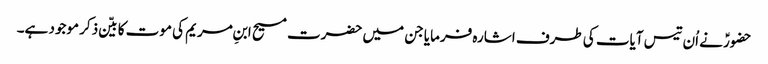
حضورؑ نے اُن تیس آیات کی طرف اشارہ فرمایا جن میں حضرت مسیح ابنِ مریم کی موت کا بیّن ذکر موجود ہے۔